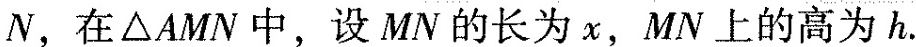
N，在△AMN中，设MN的长为x，MN上的高为h.